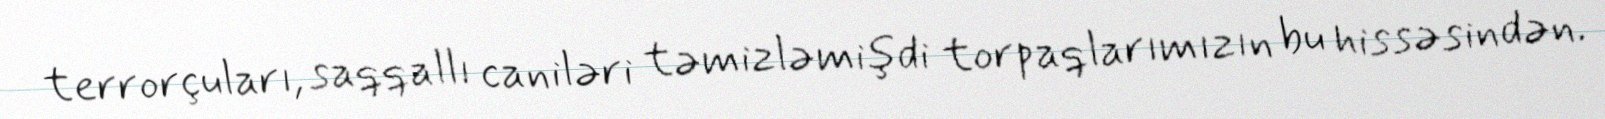
terrorçuları, saqqallı caniləri təmizləmişdi torpaqlarımızın bu hissəsindən.